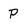
Character: P